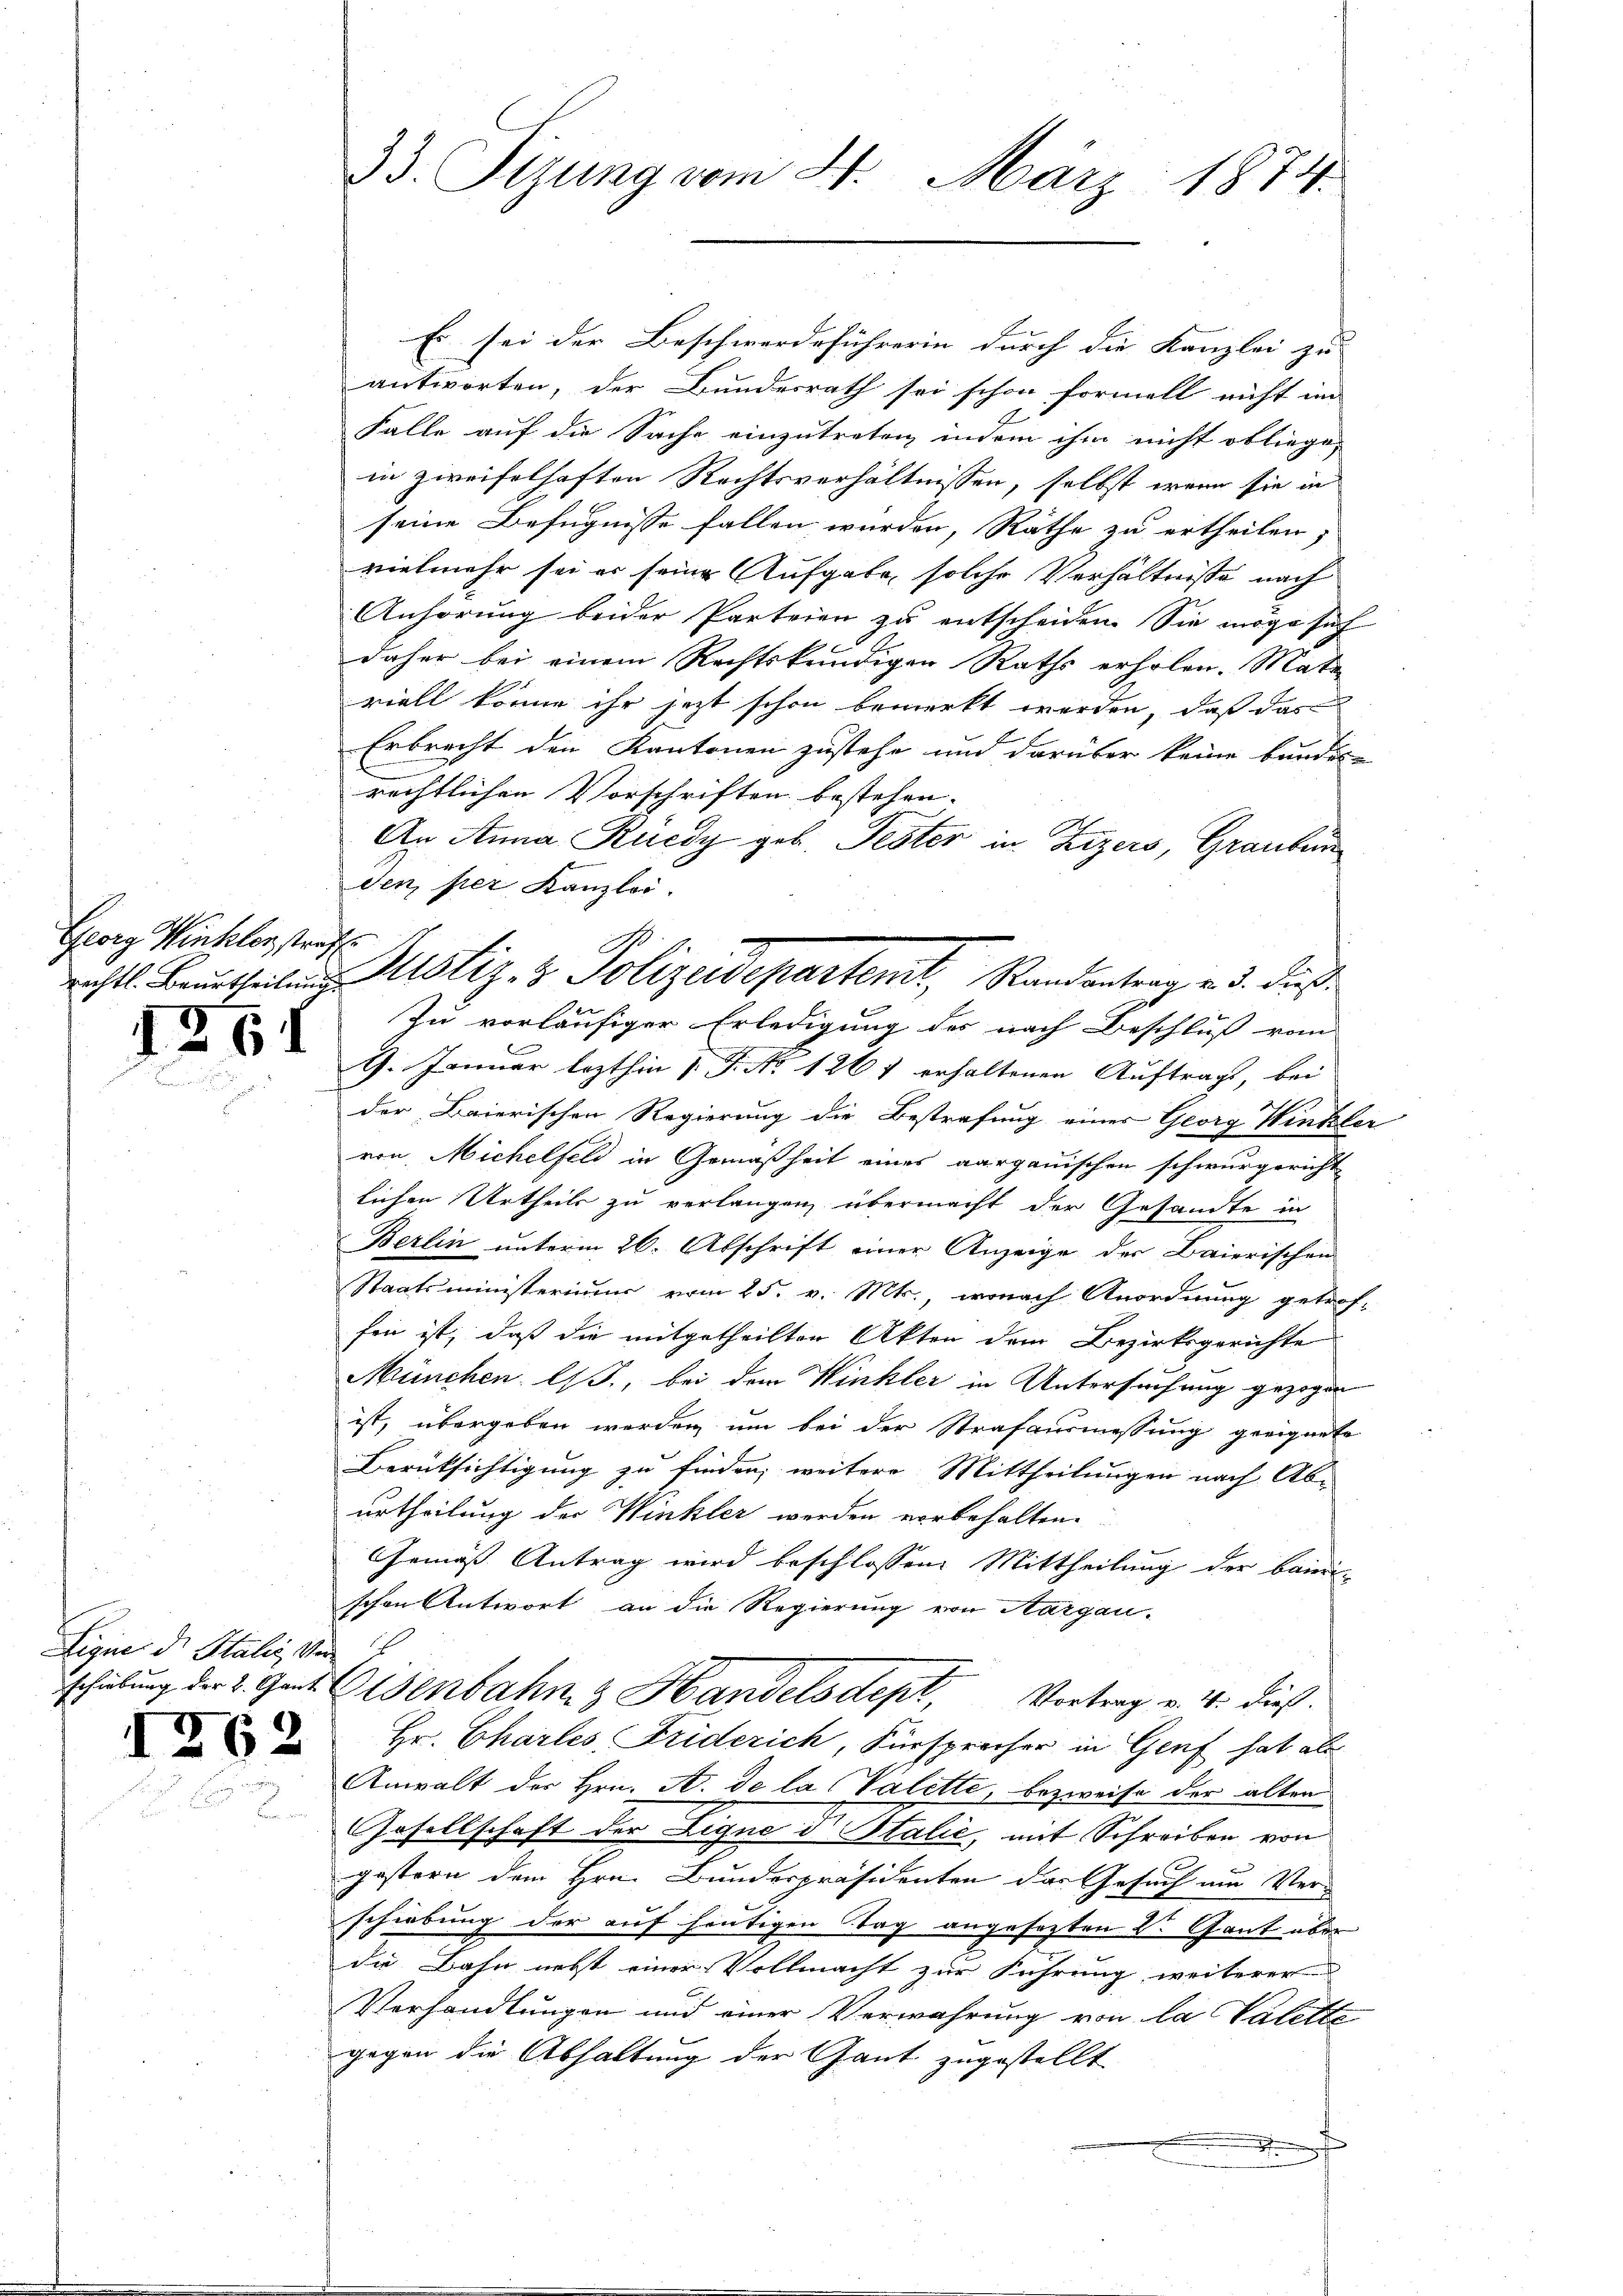
Georg Winkler sträfl.

1261

Ligne d. Stali, Ver

1262

33. Sizung vom 21. März 1874.

Es sei der Beschwerdeführerin durch die Kanzlei zu |
antworten, der Bundesrath sei schon formell nicht im
Falle auf die Sache einzutreten, indem ihm nicht obliege,
in zweifelhaften Rechtsverhältnissen, selbst wenn sie in
seine Befugnisse fallen wurden, Räthe zu ertheilen;
vielmehr sei er seine Aufgabe solche Verhältnisse nach
Anhörung beider Parteien zu entscheiden. Sie möge sich
daher bei einem Rechtskundigen Raths erholen. Mate
riell könne ihr jetzt schon bemerkt werden, daß das
Erbrecht den Kantonen zustehe und darüber keine bundes-
rechtlichen Vorschriften bestehen.
An Anna Ruedy geb. Fester in Zizers, Grauben
den per Kanzlei.
Zu vorläufiger Erledigung des nach Beschluß vom
9. Januar lezthin  P. No 1267 erhaltenen Auftrag, bei
der Baierischen Regierung die Bestrafung eines Georg Winkler
von Michelfeld in Gemäßheit eines aargauischen schwurgericht
lichen Urtheils zu verlangen übermacht der Gesandte in
Berlin unterm 26. Abschrift einer Anzeige der Baierischen
Staatsministeriums vom 25. v. Mts., wonach Anordnung getrof-
fen ist, daß die mitgetheilten Akten dem Bezirksgerichte
München l.J., bei dem Winkler in Untersuchung gezogen
ist, übergeben werden, um bei der Strafausmessung geeignete
Berüksichtigung zu finden; weitere Mittheilungen nach Abe
urtheilung der Winkler werden vorbehalten.
Gemäß Antrag wird beschlossen: Mittheilung der baier
schon Antwort an die Regierung von Aargau-
schübung der 2. Gent. Eisenbahn & Handelsdept, Vortrag v. 4. dieß.
Hr. Charles Friderich, Fürsprecher in Genf hat ab
Anwalt der Hrn. A. de la Valette, bezweife der alten
Gesellschaft der Ligne d. Stalić, mit Schreiben von
gestern dem Hrn. Bunderpräsidenten das Gesuch um Ver-
schiebung der auf heutigen Tag angesezten Dr. Gant über
die Bahn nebst einer Vollmacht zur Führung weiterer
Verhandlungen und einer Verwahrung von la Valette
gegen die Abhaltung der Gant zugestellt
.

richts Beurtheilung stiz- & Polizeidepartent, Randantrag v. 3. dies